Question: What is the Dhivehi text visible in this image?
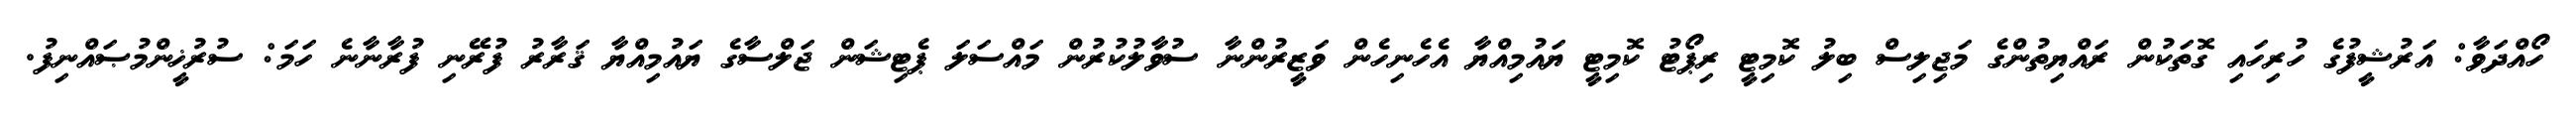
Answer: ހޯއްދަވާ: އަރުޝީފުގެ ހުރިހައި ގޮތަކުން ރައްޔިތުންގެ މަޖިލިސް ބިލު ކޮމިޓީ ރިޕޯޓު ކޮމިޓީ ޔައުމިއްޔާ އެހެނިހެން ވަޒީރުންނާ ސުވާލުކުރުން މައްސަލަ ޕެޓިޝަން ޖަލްސާގެ ޔައުމިއްޔާ ޤަރާރު ފުރޭނި ފުރާނާނެ ހަމަ: ސުރުޚީންމުޞައްނިފު.